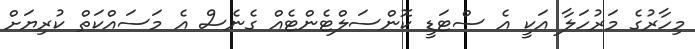
މިހާރުގެ މަރުހަލާ އަކީ އެ ސްޓަޑީ ކޮންސަލްޓެންޓެއް ގެނެސް އެ މަސައްކަތް ކުރިޔަށް